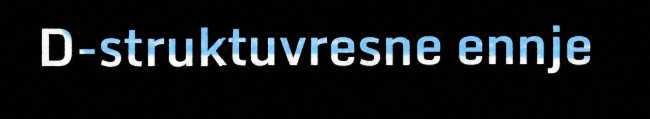
D-struktuvresne ennje